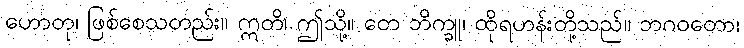
ဟောတု၊ ဖြစ်စေသတည်း။ ဣတိ၊ ဤသို့။ တေ ဘိက္ခူ၊ ထိုရဟန်းတို့သည်။ ဘဂဝတော၊